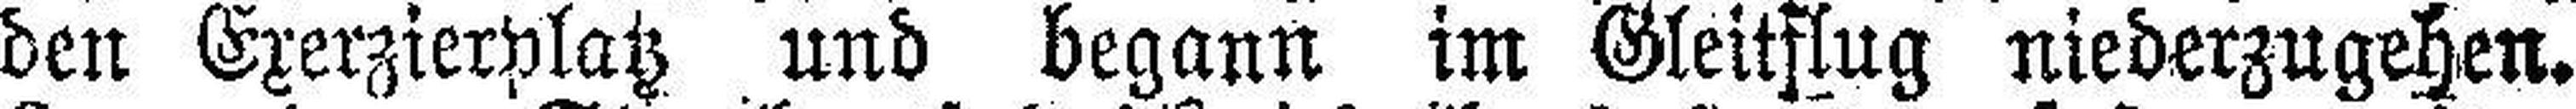
den Exerzierplatz und begann im Gleitflug niederzugehen.